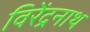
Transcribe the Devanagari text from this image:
विरेंद्रनाथ